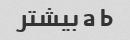
a b بیشتر